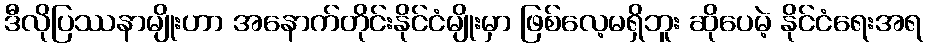
ဒီလိုပြဿနာမျိုးဟာ အနောက်တိုင်းနိုင်ငံမျိုးမှာ ဖြစ်လေ့မရှိဘူး ဆိုပေမဲ့ နိုင်ငံရေးအရ